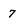
Character: 7